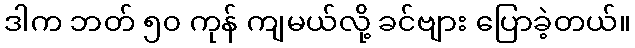
ဒါက ဘတ် ၅၀ ကုန် ကျမယ်လို့ ခင်ဗျား ပြောခဲ့တယ်။